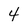
Character: 4